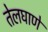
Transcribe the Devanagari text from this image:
तेलघाणे